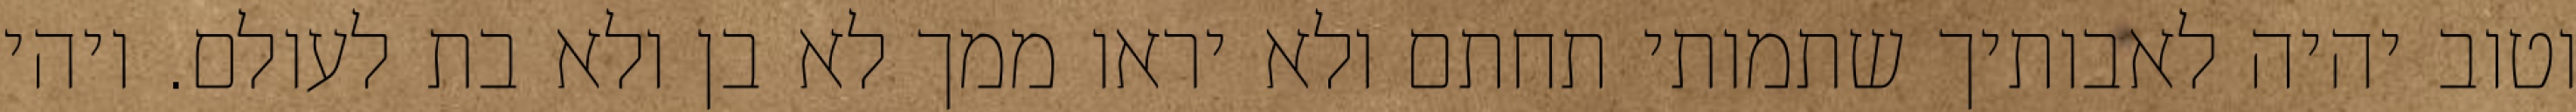
וטוב יהיה לאבותיך שתמותי תחתם ולא יראו ממך לא בן ולא בת לעולם. ויהי